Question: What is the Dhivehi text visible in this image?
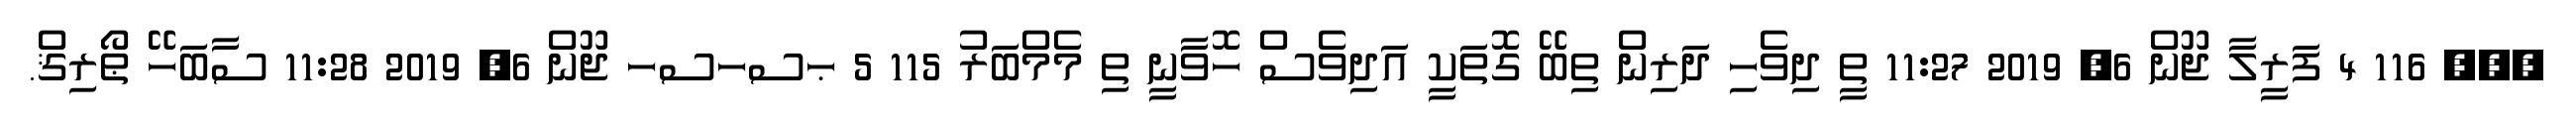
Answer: ??? 116 4 ފަރީލާ ޖޫން 6, 2019 11:27 ތީ ދިވެހި ދަރިން ތިބޭ ގޮތަކީ އަދިވެސް ހޮވާނީ ތި މެމްބަރު 115 5 ޙސހސހ ޖޫން 6, 2019 11:28 ސާބަހޭ ޠޯރިޤް.